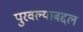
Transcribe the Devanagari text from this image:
पुरवल्याबद्दल